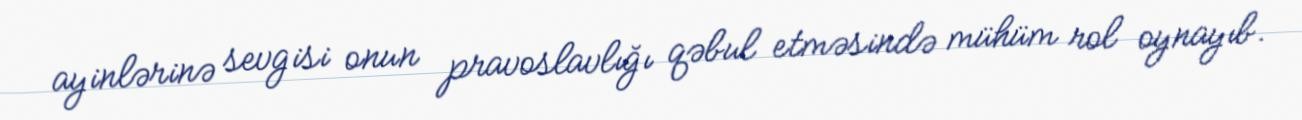
ayinlərinə sevgisi onun pravoslavlığı qəbul etməsində mühüm rol oynayıb.